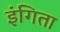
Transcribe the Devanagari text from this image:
इंगिता